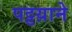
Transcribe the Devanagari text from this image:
पट्टय़ाने